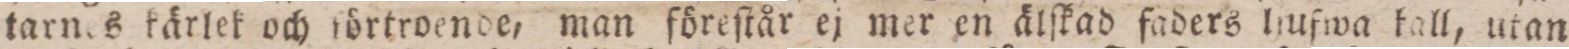
tarnes kärlek och förtroende, man föreſtår ej mer en älſkad faders ljufwa kall, utan